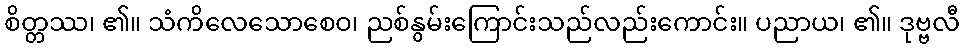
စိတ္တဿ၊ ၏။ သံကိလေသောစေဝ၊ ညစ်နွမ်းကြောင်းသည်လည်းကောင်း။ ပညာယ၊ ၏။ ဒုဗ္ဗလီ